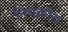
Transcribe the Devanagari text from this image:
निचक्रीय